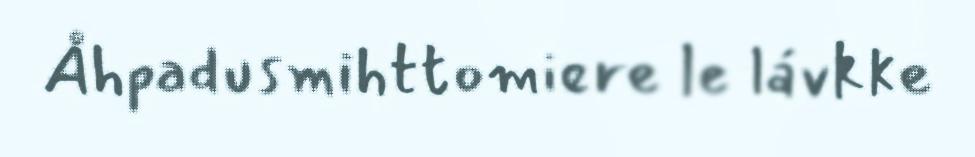
Åhpadusmihttomiere le lávkke